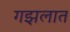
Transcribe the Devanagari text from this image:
गझलात